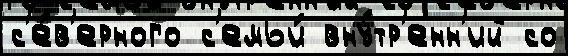
с'е́в'ерного с'емьи́ вну́тр'енн'ий со